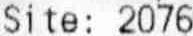
SITE: 2076